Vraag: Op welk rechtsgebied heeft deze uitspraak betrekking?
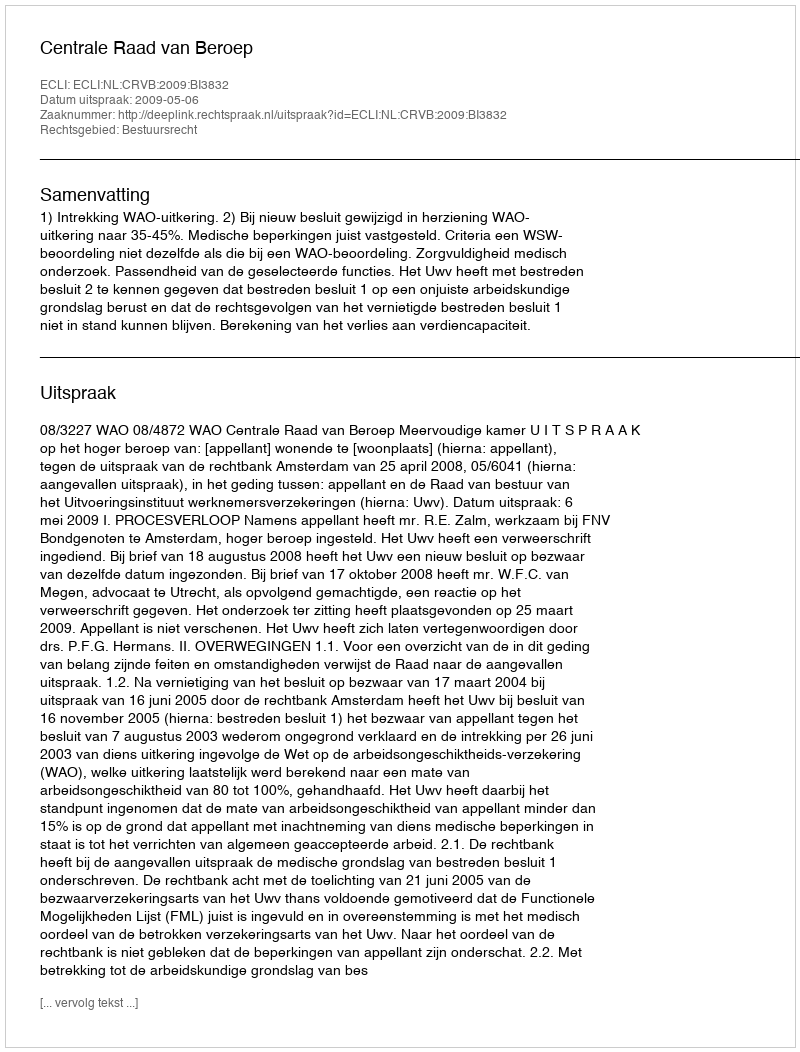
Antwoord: Bestuursrecht